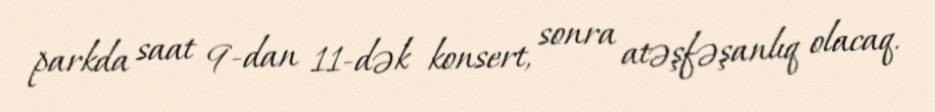
parkda saat 9-dan 11-dək konsert, sonra atəşfəşanlıq olacaq.